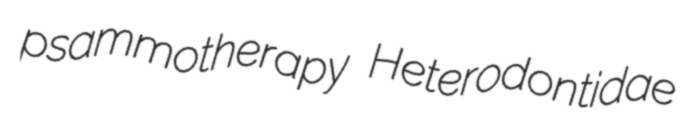
psammotherapy Heterodontidae